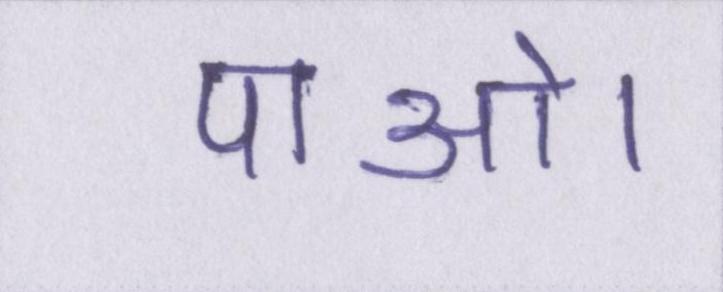
पाओ।